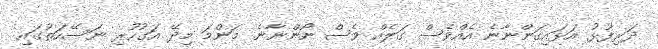
ދަރިފުޅު އަޅައިގަންނާނެ އެއްވެސް ގަލެއް ވެސް ނޯންނާނެ. މަންމަ މިދޭ އަގުހުރި ނަސޭހަތުގައި